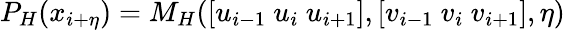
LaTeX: P_{H}(x_{i+\eta})=M_{H}([u_{i-1}~u_{i}~u_{i+1}],[v_{i-1}~v_{i}~v_{i+1}],\eta)